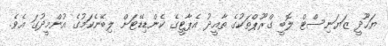
ޔަހޫދީ ޒަޔަނިސްޓް ލޮބީ ގްރޫޕްތަކުގެ ތާއީދު އެޕާޓީގެ ކެންޑިޑޭޓަށް ލިބޭނެކަމުގެ އުންމީދުގަ އެވެ.